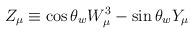
LaTeX: \begin{align*}Z_\mu \equiv \cos\theta_w W^3_\mu-\sin\theta_w Y_\mu\end{align*}